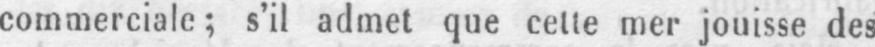
commerciale; s’il admet que cette mer jouisse des